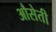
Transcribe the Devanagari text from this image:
औसेती